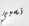
نسبي